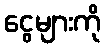
ငွေများကို